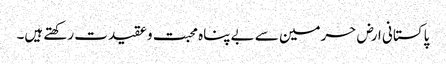
پاکستانی ارض حرمین سے بے پناہ محبت و عقیدت رکھتے ہیں۔